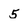
Character: 5